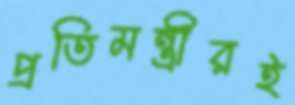
প্রতিমন্ত্রীরই